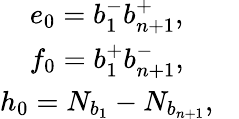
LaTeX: \begin{array}{c}{{e_{0}=b_{1}^{-}b_{n+1}^{+},~~~}}\\ {{f_{0}=b_{1}^{+}b_{n+1}^{-},~~~}}\\ {{h_{0}=N_{b_{1}}-N_{b_{n+1}},~~~}}\end{array}